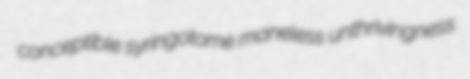
conceptible syringotome maneless unthrivingness